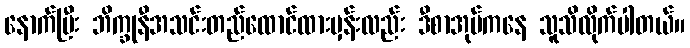
နောက်ပြီး ဘိက္ခုနီအသင်းတည်ထောင်ထားမှန်းလည်း ဒီစာအုပ်ကနေ သူသိလိုက်ပါတယ်။